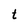
Character: t